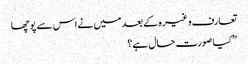
تعارف وغیرہ کے بعد میں نے اس سے پوچھا
” کیا صورت حال ہے؟